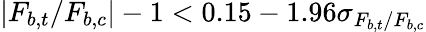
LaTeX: |F_{b,t}/F_{b,c}|-1<0.15-1.96\sigma_{F_{b,t}/F_{b,c}}